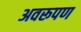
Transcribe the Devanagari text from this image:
अवरूपण